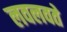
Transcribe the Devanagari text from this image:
लवलवते